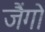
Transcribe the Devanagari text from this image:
जैंगो